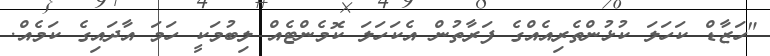
"ހަޒާޑް ކަހަލަ ކުޅުންތެރިއެއްގެ ފަރާތުން އެކަހަލަ ކޮމެންޓެއް ލިބުމަކީ ހަމަ އާދައިގެ ކަމެއް.